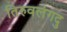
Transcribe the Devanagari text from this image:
तिरुवलंगदु